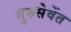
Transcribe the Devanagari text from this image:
गुरुसेवेंत